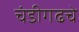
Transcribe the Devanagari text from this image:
चंडीगढचे